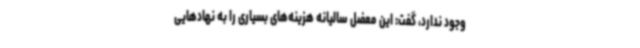
وجود ندارد، گفت: این معضل سالیانه هزینه‌های بسیاری را به نهادهایی